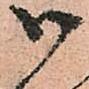
御